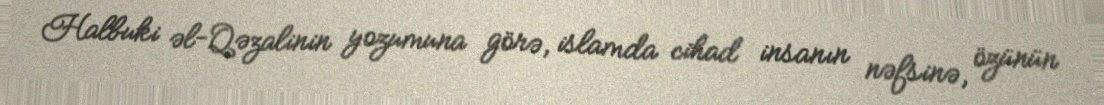
Halbuki əl-Qəzalinin yozumuna görə, islamda cihad insanın nəfsinə, özünün